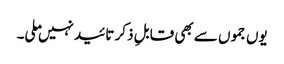
یوں جموں سے بھی قابلِ ذکر تائید نہیں ملی۔